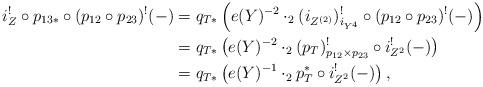
LaTeX: \begin{align*}i_Z^!\circ p_{13*}\circ (p_{12}\circ p_{23})^!(-) & =q_{T*}\left(e(Y)^{-2}\cdot_2 (i_{Z^{(2)}})^!_{i_{Y^4}}\circ (p_{12}\circ p_{23})^!(-)\right)\\& = q_{T*}\left(e(Y)^{-2}\cdot_2 (p_T)^!_{p_{12}\times p_{23}}\circ i_{Z^2}^!(-)\right)\\& = q_{T*}\left(e(Y)^{-1}\cdot_2 p_T^*\circ i_{Z^2}^!(-)\right),\end{align*}